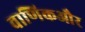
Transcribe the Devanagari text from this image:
वाणिकऔर